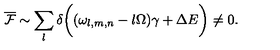
\overline { { \cal F } } \sim \sum _ { l } \delta \biggl ( ( \omega _ { l , m , n } - l \Omega ) \gamma + \Delta E \biggr ) \neq 0 .